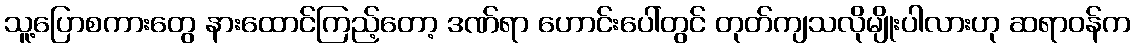
သူ့ပြောစကားတွေ နားထောင်ကြည့်တော့ ဒဏ်ရာ ဟောင်းပေါ်တွင် တုတ်ကျသလိုမျိုးပါလားဟု ဆရာဝန်က